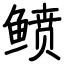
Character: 鲼